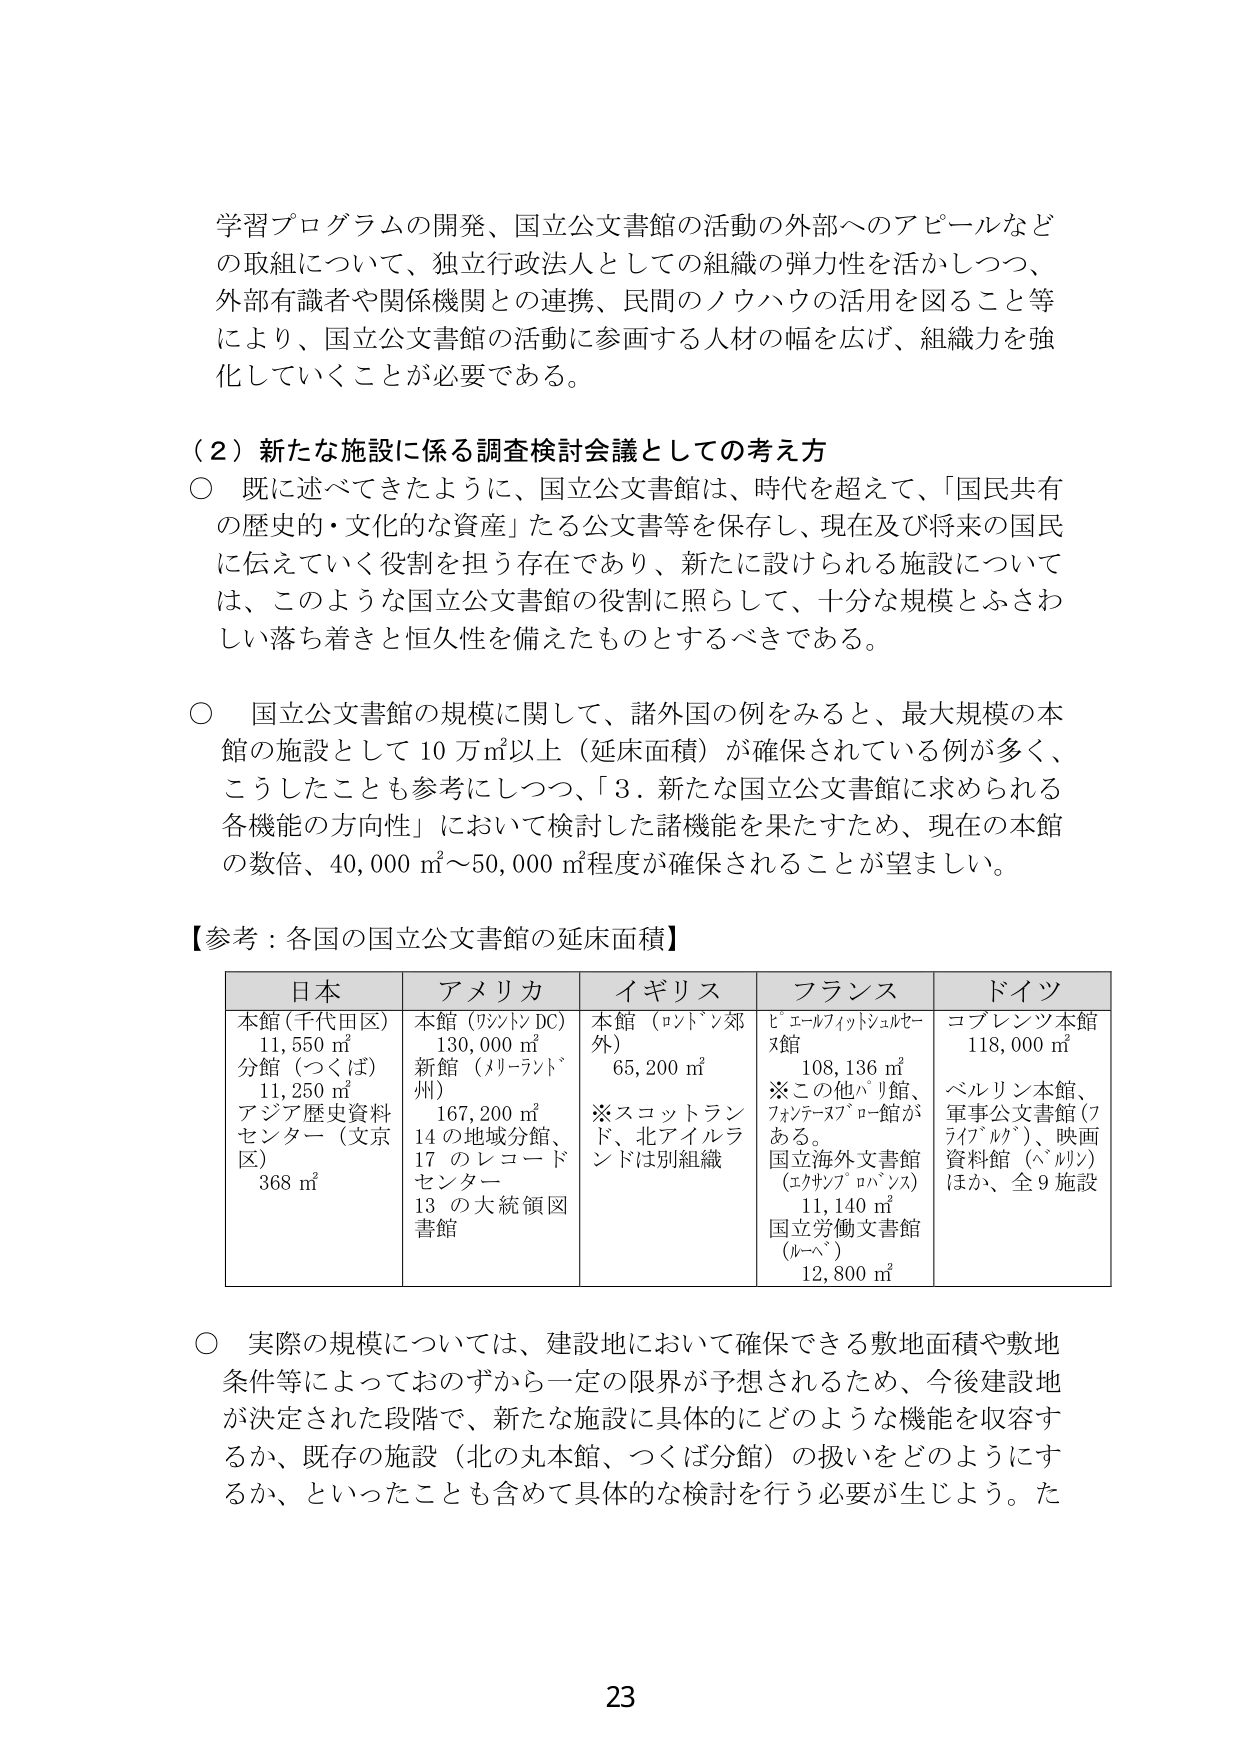
学習プログラムの開発、国立公文書館の活動の外部へのアピールなど
の取組について、独立行政法人としての組織の弾力性を活かしつつ、
外部有識者や関係機関との連携、民間のノウハウの活用を図ること等
により、国立公文書館の活動に参画する人材の幅を広げ、組織力を強
化していくことが必要である。

（２）新たな施設に係る調査検討会議としての考え方
○ 既に述べてきたように、国立公文書館は、時代を超えて、「国民共有
の歴史的・文化的な資産」たる公文書等を保存し、現在及び将来の国民
に伝えていく役割を担う存在であり、新たに設けられる施設について
は、このような国立公文書館の役割に照らして、十分な規模とふさわ
しい落ち着きと恒久性を備えたものとすべきである。

○ 国立公文書館の規模に関して、諸外国の例をみると、最大規模の本
館の施設として 10 万㎡以上（延床面積）が確保されている例が多く、
こうしたことも参考にしつつ、「3．新たな国立公文書館に求められる
各機能の方向性」において検討した諸機能を果たすため、現在の本館
の数倍、40,000 ㎡～50,000 ㎡程度が確保されることが望ましい。

【参考：各国の国立公文書館の延床面積】

| 日本 | アメリカ | イギリス | フランス | ドイツ |
|------|----------|----------|----------|--------|
| 本館（千代田区）<br>11,550 ㎡<br>分館（つくば）<br>11,250 ㎡<br>アジア歴史資料<br>センター（文京区）<br>368 ㎡ | 本館（ワシントン DC）<br>130,000 ㎡<br>新館（メリーランド州）<br>167,200 ㎡<br>14 の地域分館、<br>17 のレコード<br>センター<br>13 の大統領図書館 | 本館（ロンドン郊外）<br>65,200 ㎡<br>※スコットランド、北アイルランドは別組織 | ピエールフィットシュルセーズ館<br>108,136 ㎡<br>※この他パリ館、フォンテーヌブロー館がある。<br>国立海外文書館（エクサンプロバンス）<br>11,140 ㎡<br>国立労働文書館（ルーベ）<br>12,800 ㎡ | コブレンツ本館<br>118,000 ㎡<br>ベルリン本館、軍事公文書館（フライブルク）、映画資料館（ベルリン）ほか、全 9 施設 |

○ 実際の規模については、建設地において確保できる敷地面積や敷地
条件等によっておのずから一定の限界が予想されるため、今後建設地
が決定された段階で、新たな施設に具体的にどのような機能を収容す
るか、既存の施設（北の丸本館、つくば分館）の扱いをどのようにす
るか、といったことも含めて具体的な検討を行う必要が生じよう。た

23